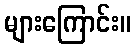
များကြောင်း။